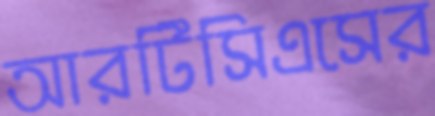
আরটিসিএসের